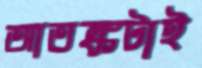
আতঙ্কটাই